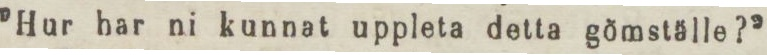
”Hur bar ni kunnat uppleta detta gömställe?”